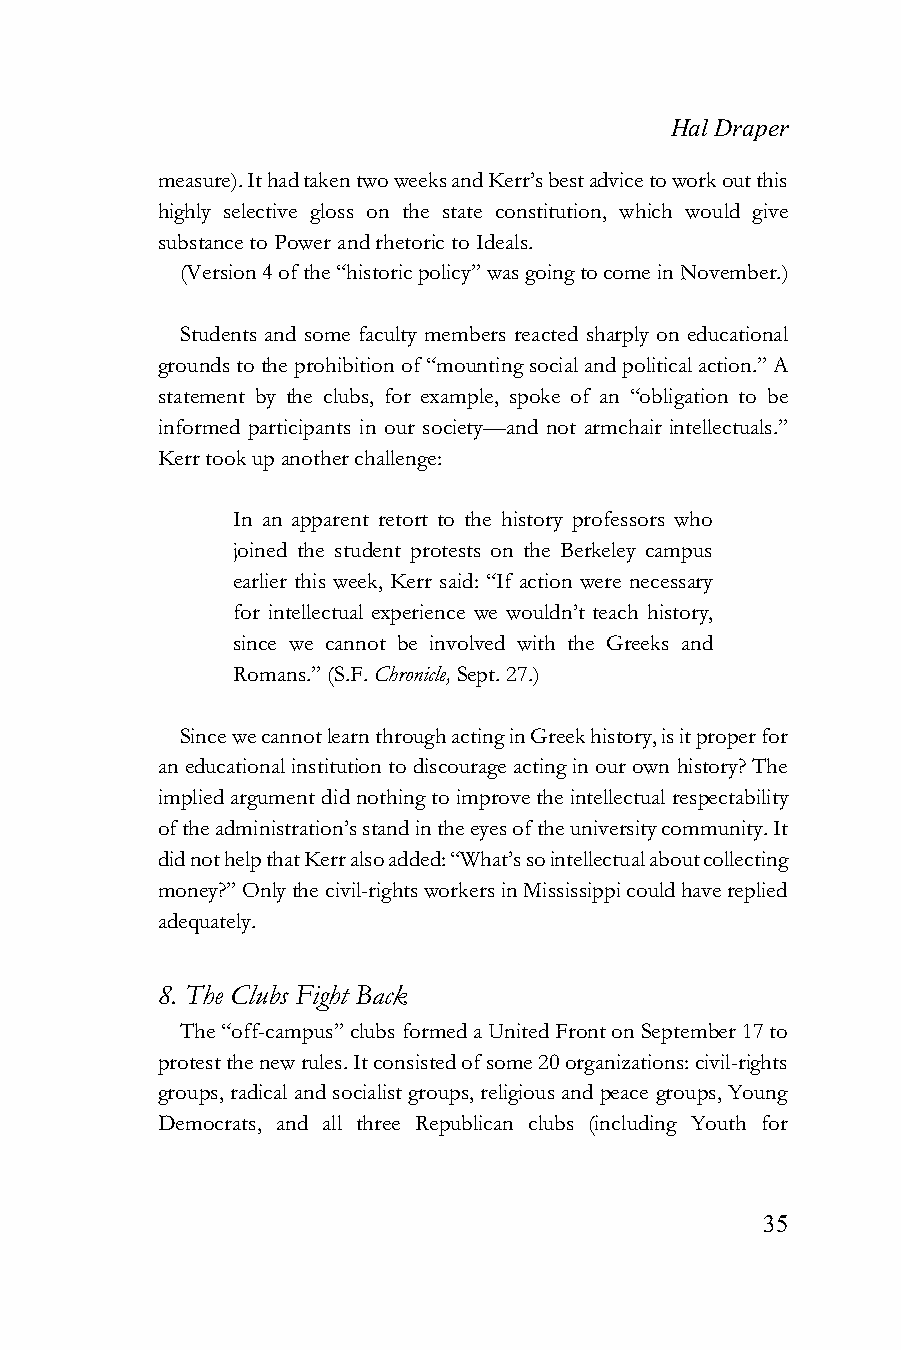
Hal Draper
 measure). It had taken two weeks and Kerr’s best advice to work out this
 highly selective gloss on the state constitution, which would give
 substance to Power and rhetoric to Ideals.
 (Version 4 of the “historic policy” was going to come in November.)
 Students and some faculty members reacted sharply on educational
 grounds to the prohibition of “mounting social and political action.” A
 statement by the clubs, for example, spoke of an “obligation to be
 informed participants in our society—and not armchair intellectuals.”
 Kerr took up another challenge:
 In an apparent retort to the history professors who
 joined the student protests on the Berkeley campus
 earlier this week, Kerr said: “If action were necessary
 for intellectual experience we wouldn’t teach history,
 since we cannot be involved with the Greeks and
 Romans.” (S.F. Chronicle, Sept. 27.)
 Since we cannot learn through acting in Greek history, is it proper for
 an educational institution to discourage acting in our own history? The
 implied argument did nothing to improve the intellectual respectability
 of the administration’s stand in the eyes of the university community. It
 did not help that Kerr also added: “What’s so intellectual about collecting
 money?” Only the civil-rights workers in Mississippi could have replied
 adequately.
 8. The Clubs Fight Back
 The “off-campus” clubs formed a United Front on September 17 to
 protest the new rules. It consisted of some 20 organizations: civil-rights
 groups, radical and socialist groups, religious and peace groups, Young
 Democrats, and all three Republican clubs (including Youth for
 35